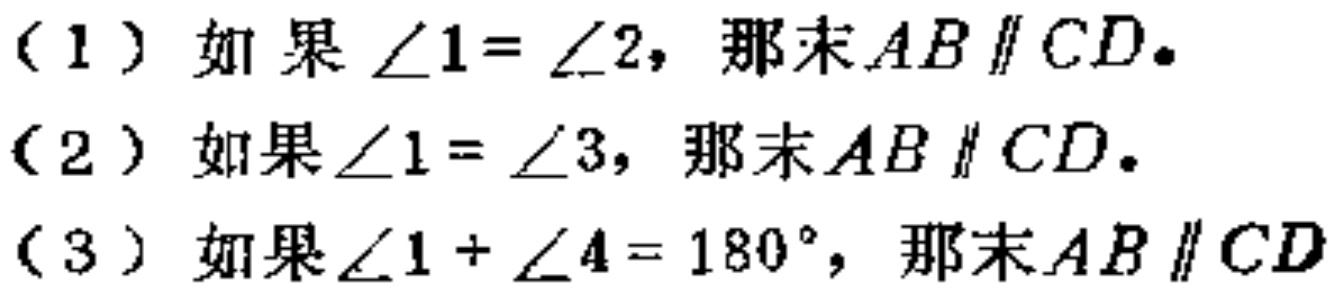
（1）如果\(\angle 1 = \angle 2\)，那末\(AB\parallel CD\)。

（2）如果\(\angle 1 = \angle 3\)，那末\(AB\parallel CD\)。

（3）如果\(\angle 1+\angle 4 = 180^{\circ}\)，那末\(AB\parallel CD\)